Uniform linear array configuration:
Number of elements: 4
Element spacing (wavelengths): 0.25
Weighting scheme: cosine
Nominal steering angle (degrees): -45
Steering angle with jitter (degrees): -45.878
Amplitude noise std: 0.05
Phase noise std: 0.05

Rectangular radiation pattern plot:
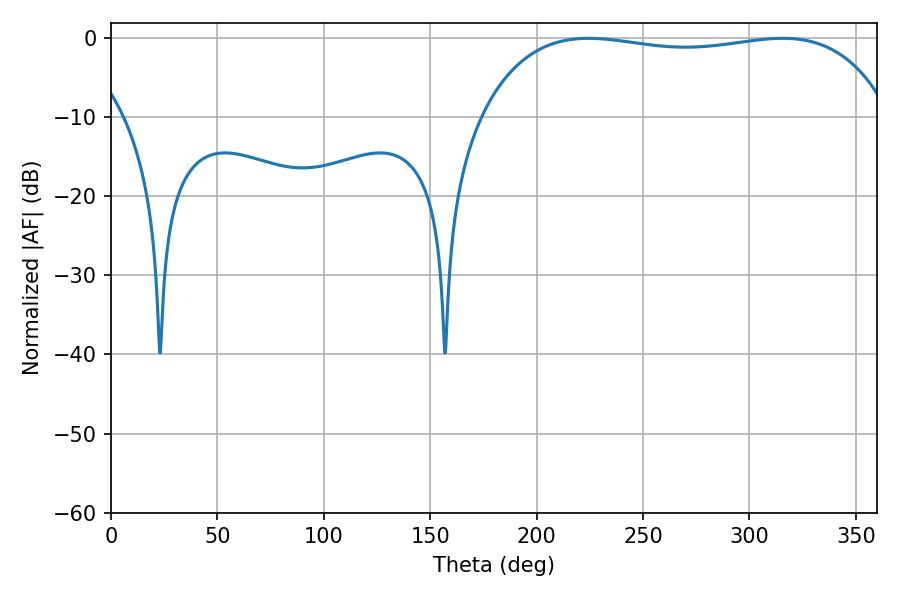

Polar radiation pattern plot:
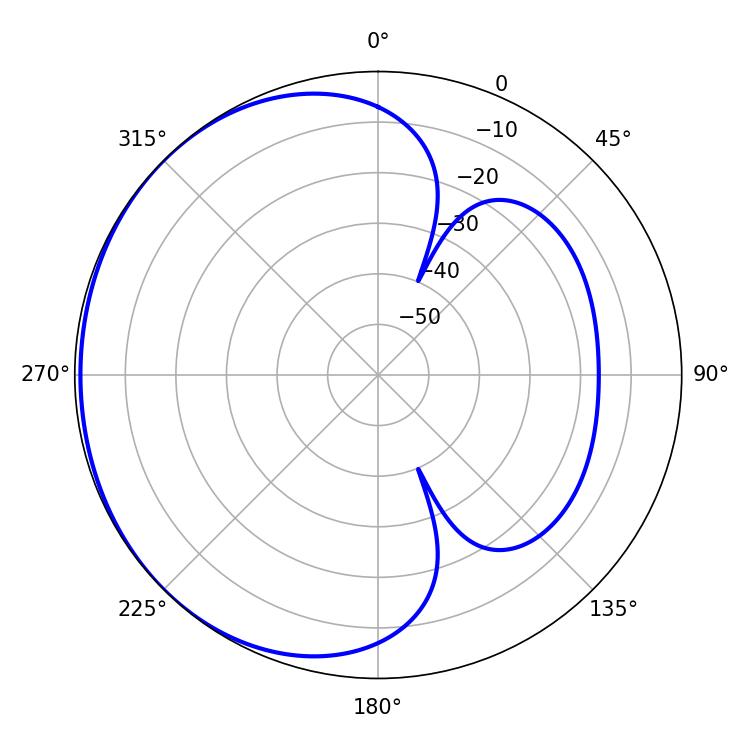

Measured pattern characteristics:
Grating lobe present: FALSE
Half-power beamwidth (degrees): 154.8
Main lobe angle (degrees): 224.28